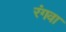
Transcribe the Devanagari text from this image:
रंगवा